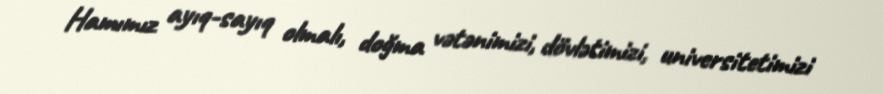
Hamımız ayıq-sayıq olmalı, doğma vətənimizi, dövlətimizi, universitetimizi